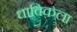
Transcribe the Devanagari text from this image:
धाविकला